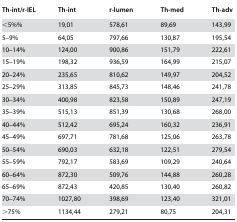
<table><thead><tr><td><b>Th-int/r-IEL</b></td><td><b>Th-int</b></td><td><b>r-lumen</b></td><td><b>Th-med</b></td><td><b>Th-adv</b></td></tr></thead><tbody><tr><td>&lt;5%%</td><td>19,01</td><td>578,61</td><td>89,69</td><td>143,99</td></tr><tr><td>5–9%</td><td>64,05</td><td>797,66</td><td>130,87</td><td>195,54</td></tr><tr><td>10–14%</td><td>124,00</td><td>900,86</td><td>151,79</td><td>222,61</td></tr><tr><td>15–19%</td><td>198,32</td><td>936,59</td><td>164,99</td><td>215,07</td></tr><tr><td>20–24%</td><td>235,65</td><td>810,62</td><td>149,97</td><td>204,52</td></tr><tr><td>25–29%</td><td>313,85</td><td>845,73</td><td>148,46</td><td>241,78</td></tr><tr><td>30–34%</td><td>400,98</td><td>823,58</td><td>150,89</td><td>247,19</td></tr><tr><td>35–39%</td><td>515,13</td><td>851,39</td><td>130,68</td><td>268,00</td></tr><tr><td>40–44%</td><td>512,42</td><td>695,24</td><td>160,32</td><td>236,91</td></tr><tr><td>45–49%</td><td>697,71</td><td>781,68</td><td>125,06</td><td>263,78</td></tr><tr><td>50–54%</td><td>690,03</td><td>632,18</td><td>122,51</td><td>279,54</td></tr><tr><td>55–59%</td><td>792,17</td><td>583,69</td><td>109,29</td><td>240,64</td></tr><tr><td>60–64%</td><td>872,30</td><td>509,76</td><td>144,88</td><td>260,28</td></tr><tr><td>65–69%</td><td>872,43</td><td>420,85</td><td>130,40</td><td>260,82</td></tr><tr><td>70–74%</td><td>1027,80</td><td>398,69</td><td>123,40</td><td>321,01</td></tr><tr><td>&gt;75%</td><td>1134,44</td><td>279,21</td><td>80,75</td><td>204,31</td></tr></tbody></table>